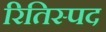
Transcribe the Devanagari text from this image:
रितिस्पद